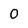
Character: 0